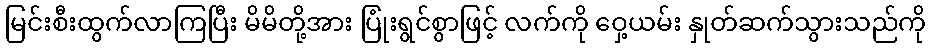
မြင်းစီးထွက်လာကြပြီး မိမိတို့အား ပြုံးရွင်စွာဖြင့် လက်ကို ဝှေ့ယမ်း နှုတ်ဆက်သွားသည်ကို